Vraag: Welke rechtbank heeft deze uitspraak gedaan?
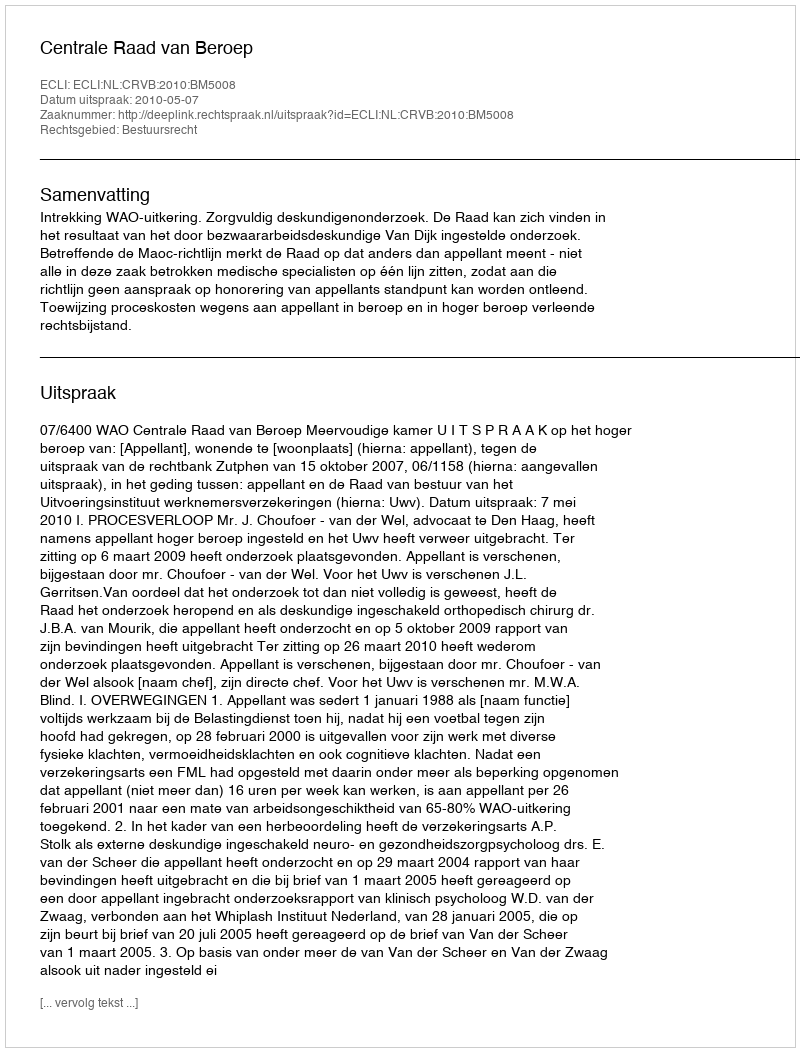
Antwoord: Centrale Raad van Beroep